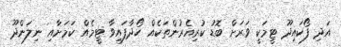
އަދި ފޯކައިދޫ ޓީމަކީ ވަރަށް ބޮޑު ކުރިއެރުންތަކެއް ހޯދާފައިވާ ޓީމެއް ކަމަށާއި ނިލަންދޫ